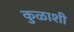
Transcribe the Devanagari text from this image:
कुळाशी